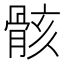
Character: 骸